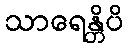
သာရေန္တိပိ